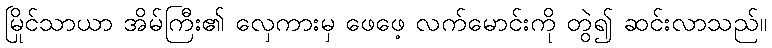
မြိုင်သာယာ အိမ်ကြီး၏ လှေကားမှ ဖေဖေ့ လက်မောင်းကို တွဲ၍ ဆင်းလာသည်။